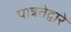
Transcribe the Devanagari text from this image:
पात्रतेद्वारे